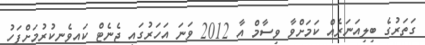
ގަތަރުގެ ބިލިއަނަރެއް ކަމަށްވާ ވިސާމް އާ 2012 ވަނަ އަހަރުގައި ޖެނެޓް ކައިވެނިކުރުމަށްފަހު